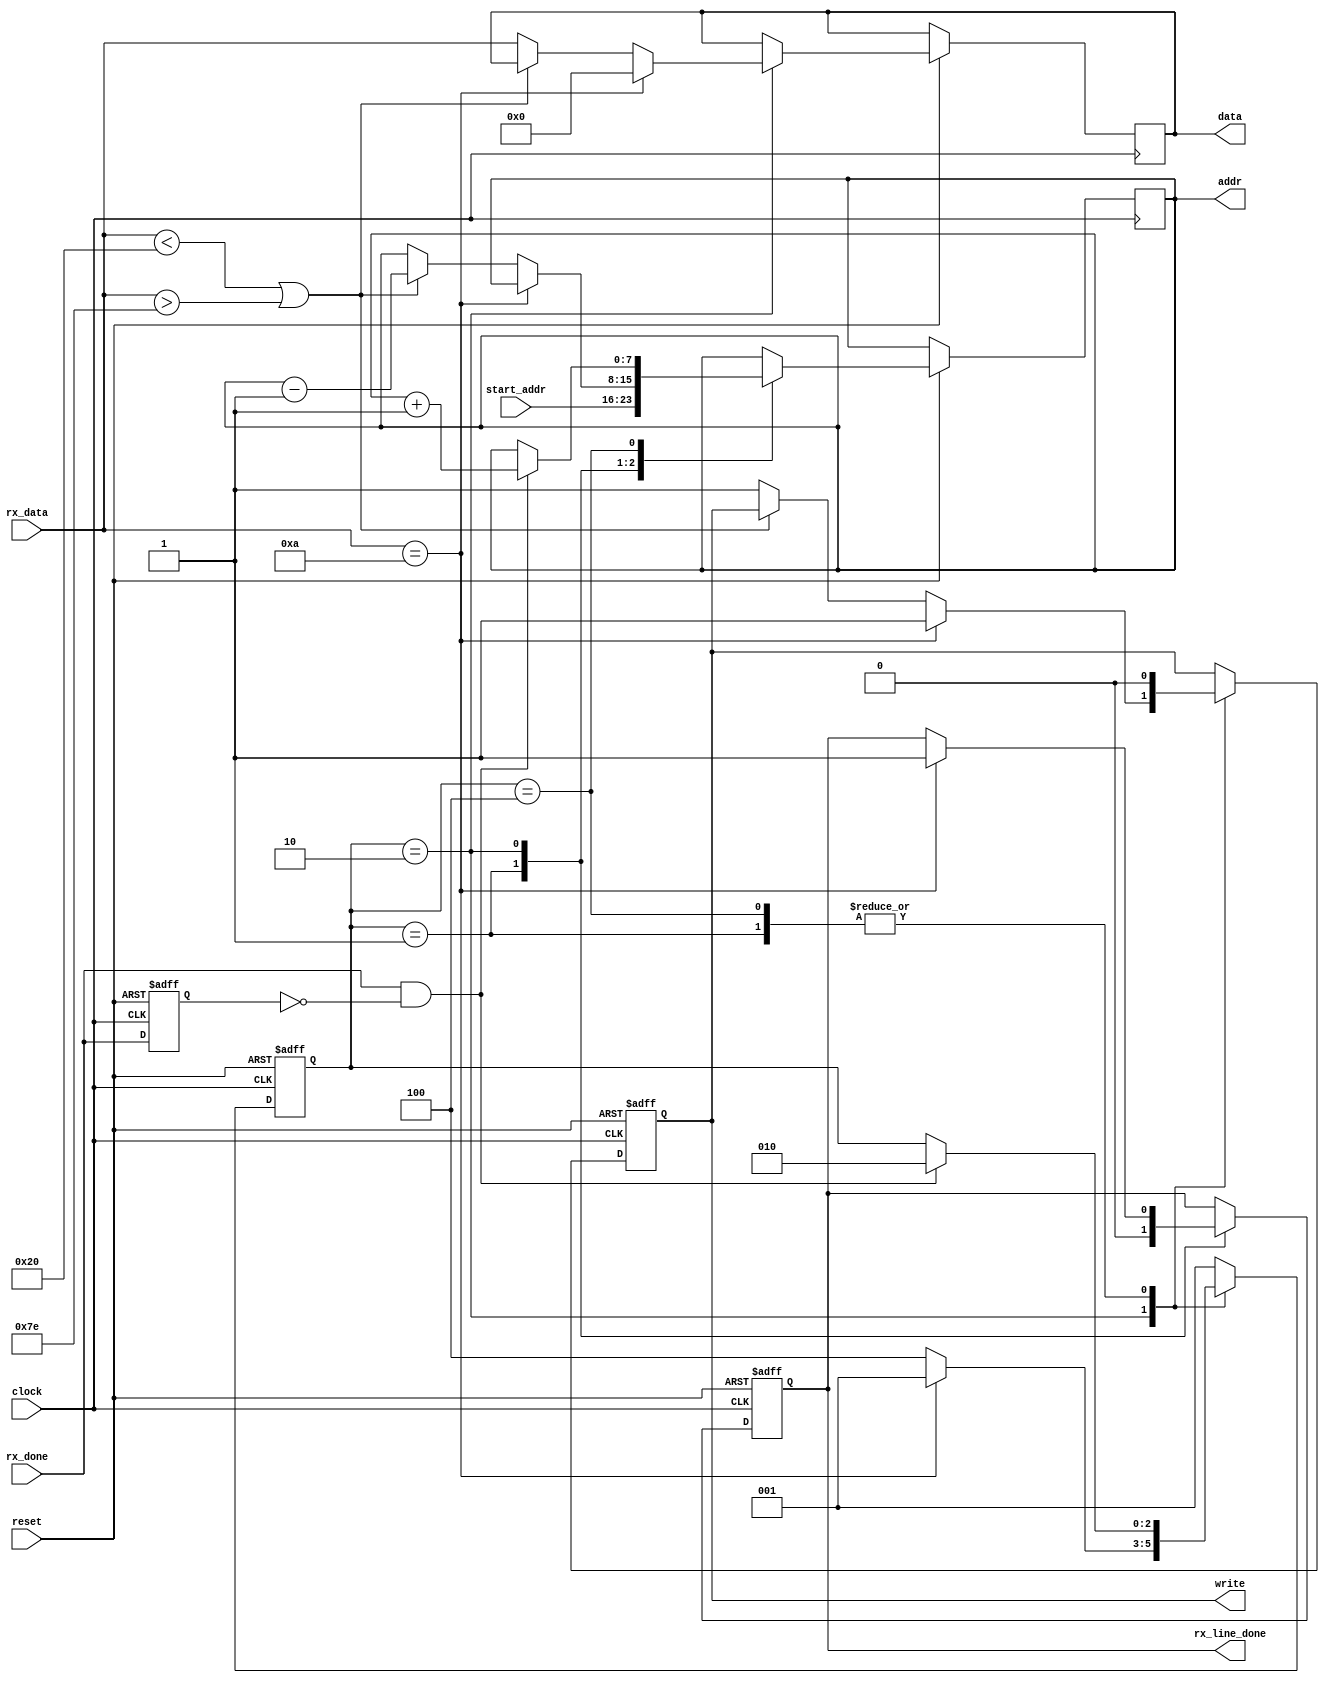
module RX_LINE (
    input            reset,
    input            clock,
    input      [7:0] start_addr,
    output reg [7:0] addr,
    output reg [7:0] data,
    output reg       write,
    output reg       rx_line_done,
    input      [7:0] rx_data,
    input            rx_done);

    reg [2:0] state;
    reg       rx_done_last;
    
    wire   rx_done_edge;
    assign rx_done_edge = rx_done && !rx_done_last;

    parameter STATE_IDLE = 3'b001;
    parameter STATE_SAVE = 3'b010;
    parameter STATE_WAIT = 3'b100;

    always @(posedge clock or negedge reset)
    begin
        if (!reset)
            rx_done_last <= 1;

        else
            rx_done_last <= rx_done;
    end

    always @(posedge clock or negedge reset)
    begin
        if (!reset)
        begin
            state        <= STATE_IDLE;
            rx_line_done <= 0;
            write        <= 0;
        end

        else
        begin
            case (state)
                STATE_IDLE:
                begin
                    write        <= 0;
                    rx_line_done <= 0;
                    addr         <= start_addr;

                    if (rx_done_edge)
                    begin
                        state <= STATE_SAVE;
                    end
                end

                STATE_SAVE:
                begin
                    if (rx_data == 8'h0A)
                    begin
                        data         <= 8'h00;
                        write        <= 1;
                        rx_line_done <= 1;
                        state        <= STATE_IDLE;
                    end

                    else if (rx_data < 8'h20 || rx_data > 8'h7E)
                    begin
                        addr  <= addr - 8'd1;
                        state <= STATE_WAIT;
                    end

                    else
                    begin
                        data  <= rx_data;
                        write <= 1;
                        state <= STATE_WAIT;
                    end
                end

                STATE_WAIT:
                begin
                    write <= 0;

                    if (rx_done_edge)
                    begin
                        addr  <= addr + 8'd1;
                        state <= STATE_SAVE;
                    end
                end

                default:
                    state <= STATE_IDLE;
            endcase
        end
    end

endmodule